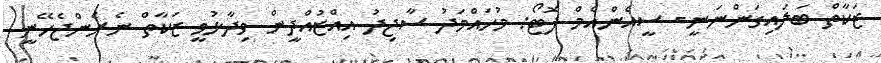
ޒަކާތް ބަލައިގަންނަނީ- ސީއެންއެމް ފޮޓޯ: މުހައްމަދު ސާޖިދު އިއްޒުއްދީން ވިދާޅުވީ ޒަކާތް ނެރެންޖެހޭނީ